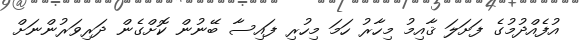
އުފެއްދުމުގެ ފަށަލަ ޤާއިމު މިހާރު ހަމަ މިހުރި ފައިސާ ބޭނުން ކޮށްގެން ދަރިވަރުންނަށް